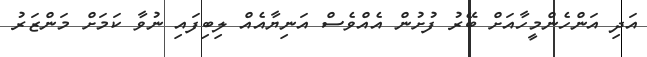
އަދި އަންހެންމީހާއަށް ބޭރު ފުށުން އެއްވެސް އަނިޔާއެއް ލިބިފައި ނުވާ ކަމަށް މަންޒަރު